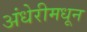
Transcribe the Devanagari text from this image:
अंधेरीमधून